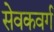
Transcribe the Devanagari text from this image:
सेवकवर्ग